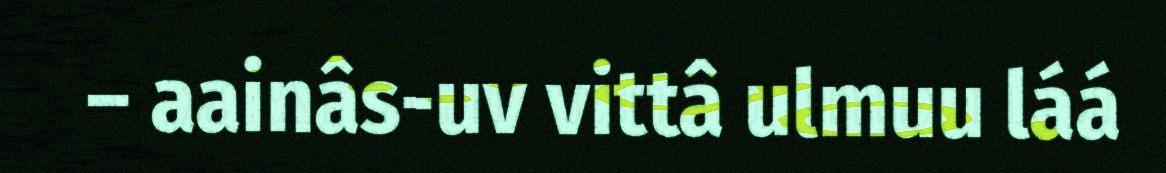
– aainâs-uv vittâ ulmuu láá